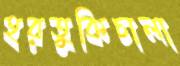
হরতুকিচালা